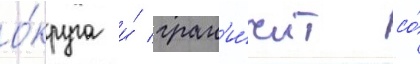
о́круга и́ гран'и́чит со́